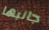
جانبها